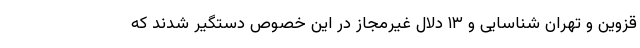
قزوین و تهران شناسایی و ۱۳ دلال غیرمجاز در این خصوص دستگیر شدند که